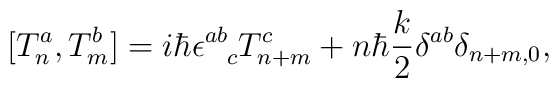
~[T^a_n,T^b_m ] = i \hbar \epsilon^{ab}_{\ \ c} T^c_{n+m}                    + n \hbar \frac{k}{2} \delta^{ab} \delta_{n+m,0},